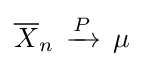
\displaystyle {\overline {X}}_{n}\,\xrightarrow {P} \,\mu